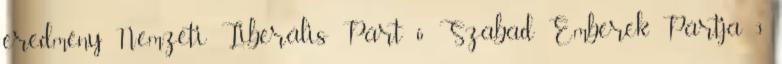
eredmény Nemzeti Liberális Párt 6 Szabad Emberek Pártja 3